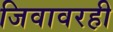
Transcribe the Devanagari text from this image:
जिवावरही